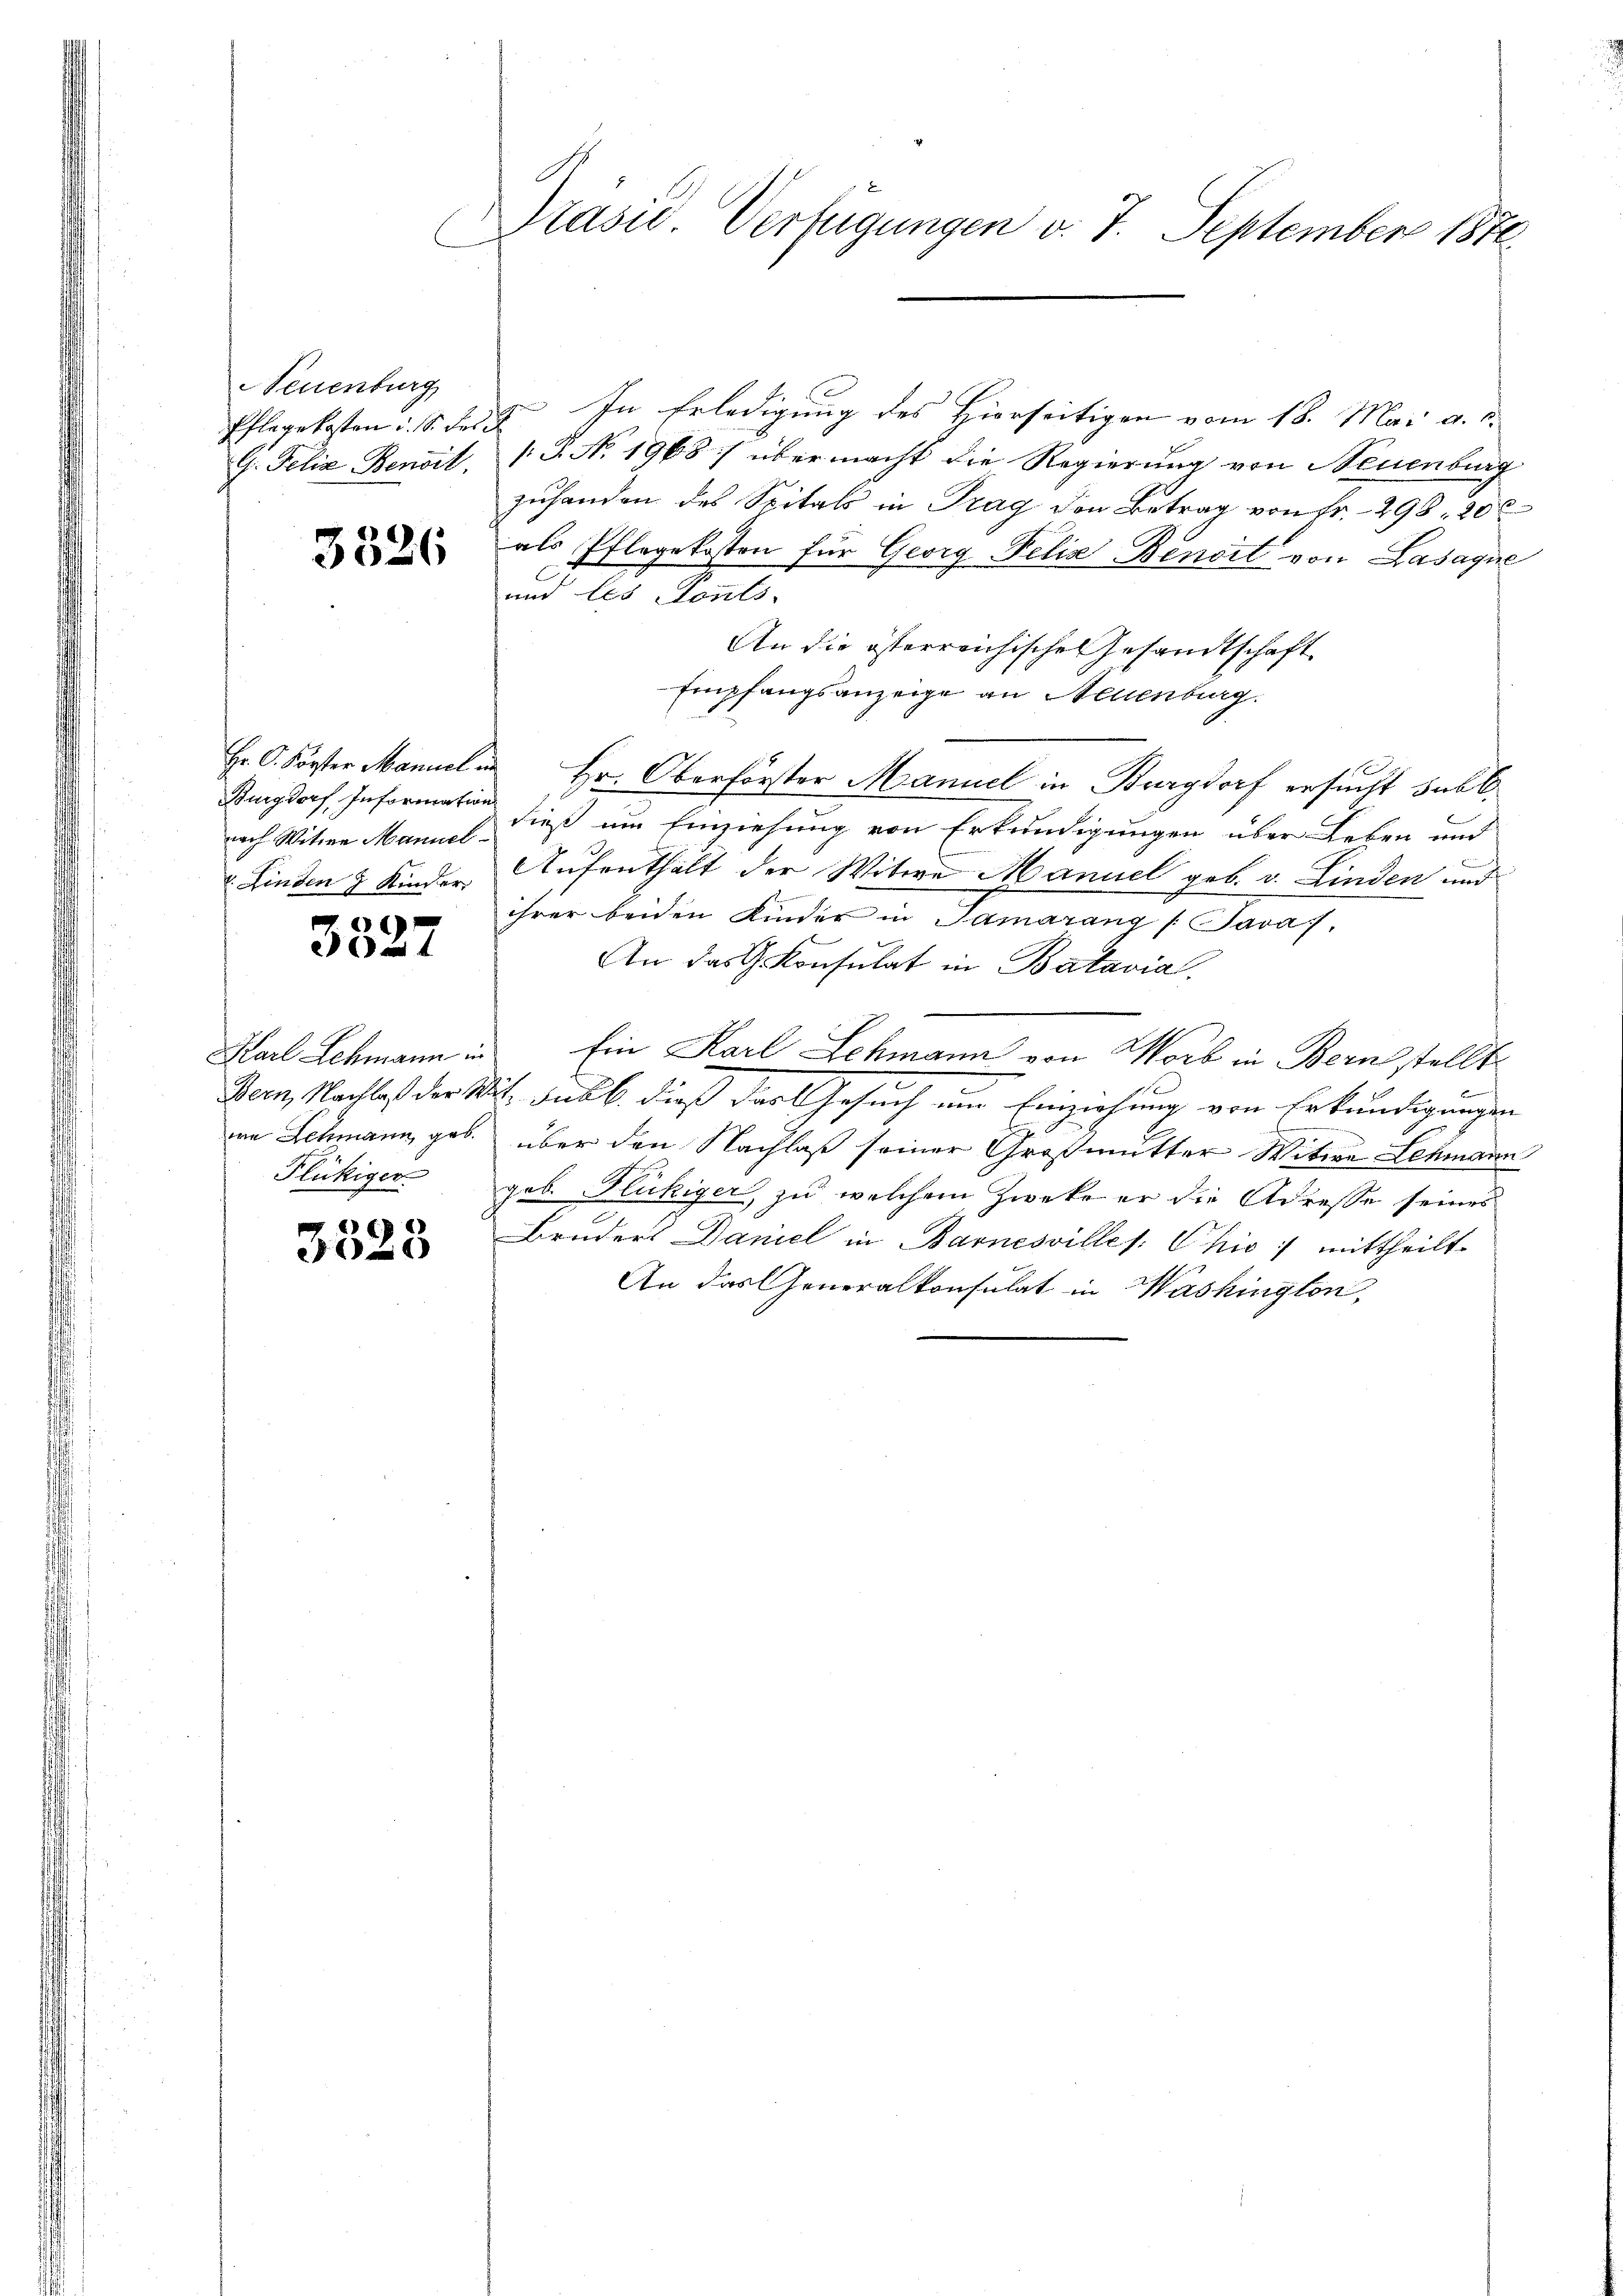
Neuenburg
Pflegekosten u. S. des d
G. Felix Benoit,

3326

Burgdorf, Information
nach Witwe Mannel
Finden 7 Kinder

6
e

Karl Schmann u.
we Schmann, geb.
Flükiger

3328

Ptasi Verfügungen v. 7. September 1876.

In Erledigung des Hierseitigen vom 18. Mai a. c.
[.P. No. 1968) übermacht die Regierung von Neuenburg
zuhanden des Spitals in Trag den Betrag von Fr. 298 20 x
als Pflegekosten für Georg Felix Benoit von Lasaque
C
und les donts,
An die österreichische Gesandtschaft
Empfangsanzeige an Neuenburg.
Hr. C. Forster Manuel in Hr. Oberförster Manuel in Burgdorf ersucht subl
dieß um Einziehung von Erkundigungen über Leben und
Aufenthält der Witwe Manuel geb. v. Linden und
ihrer beiden Kinder in Samarang /:Jara,
An das Konsulat in Batavia
Ein Karl Schmann von Worb in Bernstellt
Bern, Nachlaß der Mit, das b. dieß das Gesuch um Einziehung von Erkundigungen
über den Nachlaß seiner Großmutter Witwe Schmann
gob. Flückiger, zu welchem Zwecke er die Adresse seines
Bruders Daniel in Barnesvilles: Chio:/ mittheilt.
An das Generalkonsulat in Washington,